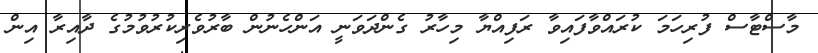
މާސްޓާސް ފުރިހަމަ ކުރައްވާފައިވާ ރަފިއްޔާ މިހާރު ގެންދަވަނީ އަންހެނުން ބާރުވެރިކުރުވުމުގެ ދާއިރާ އިން